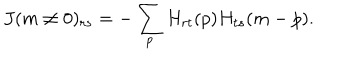
J ( m \ne 0 ) _ { r s } = - \sum _ { p } H _ { r t } ( p ) H _ { t s } ( m - p ) .